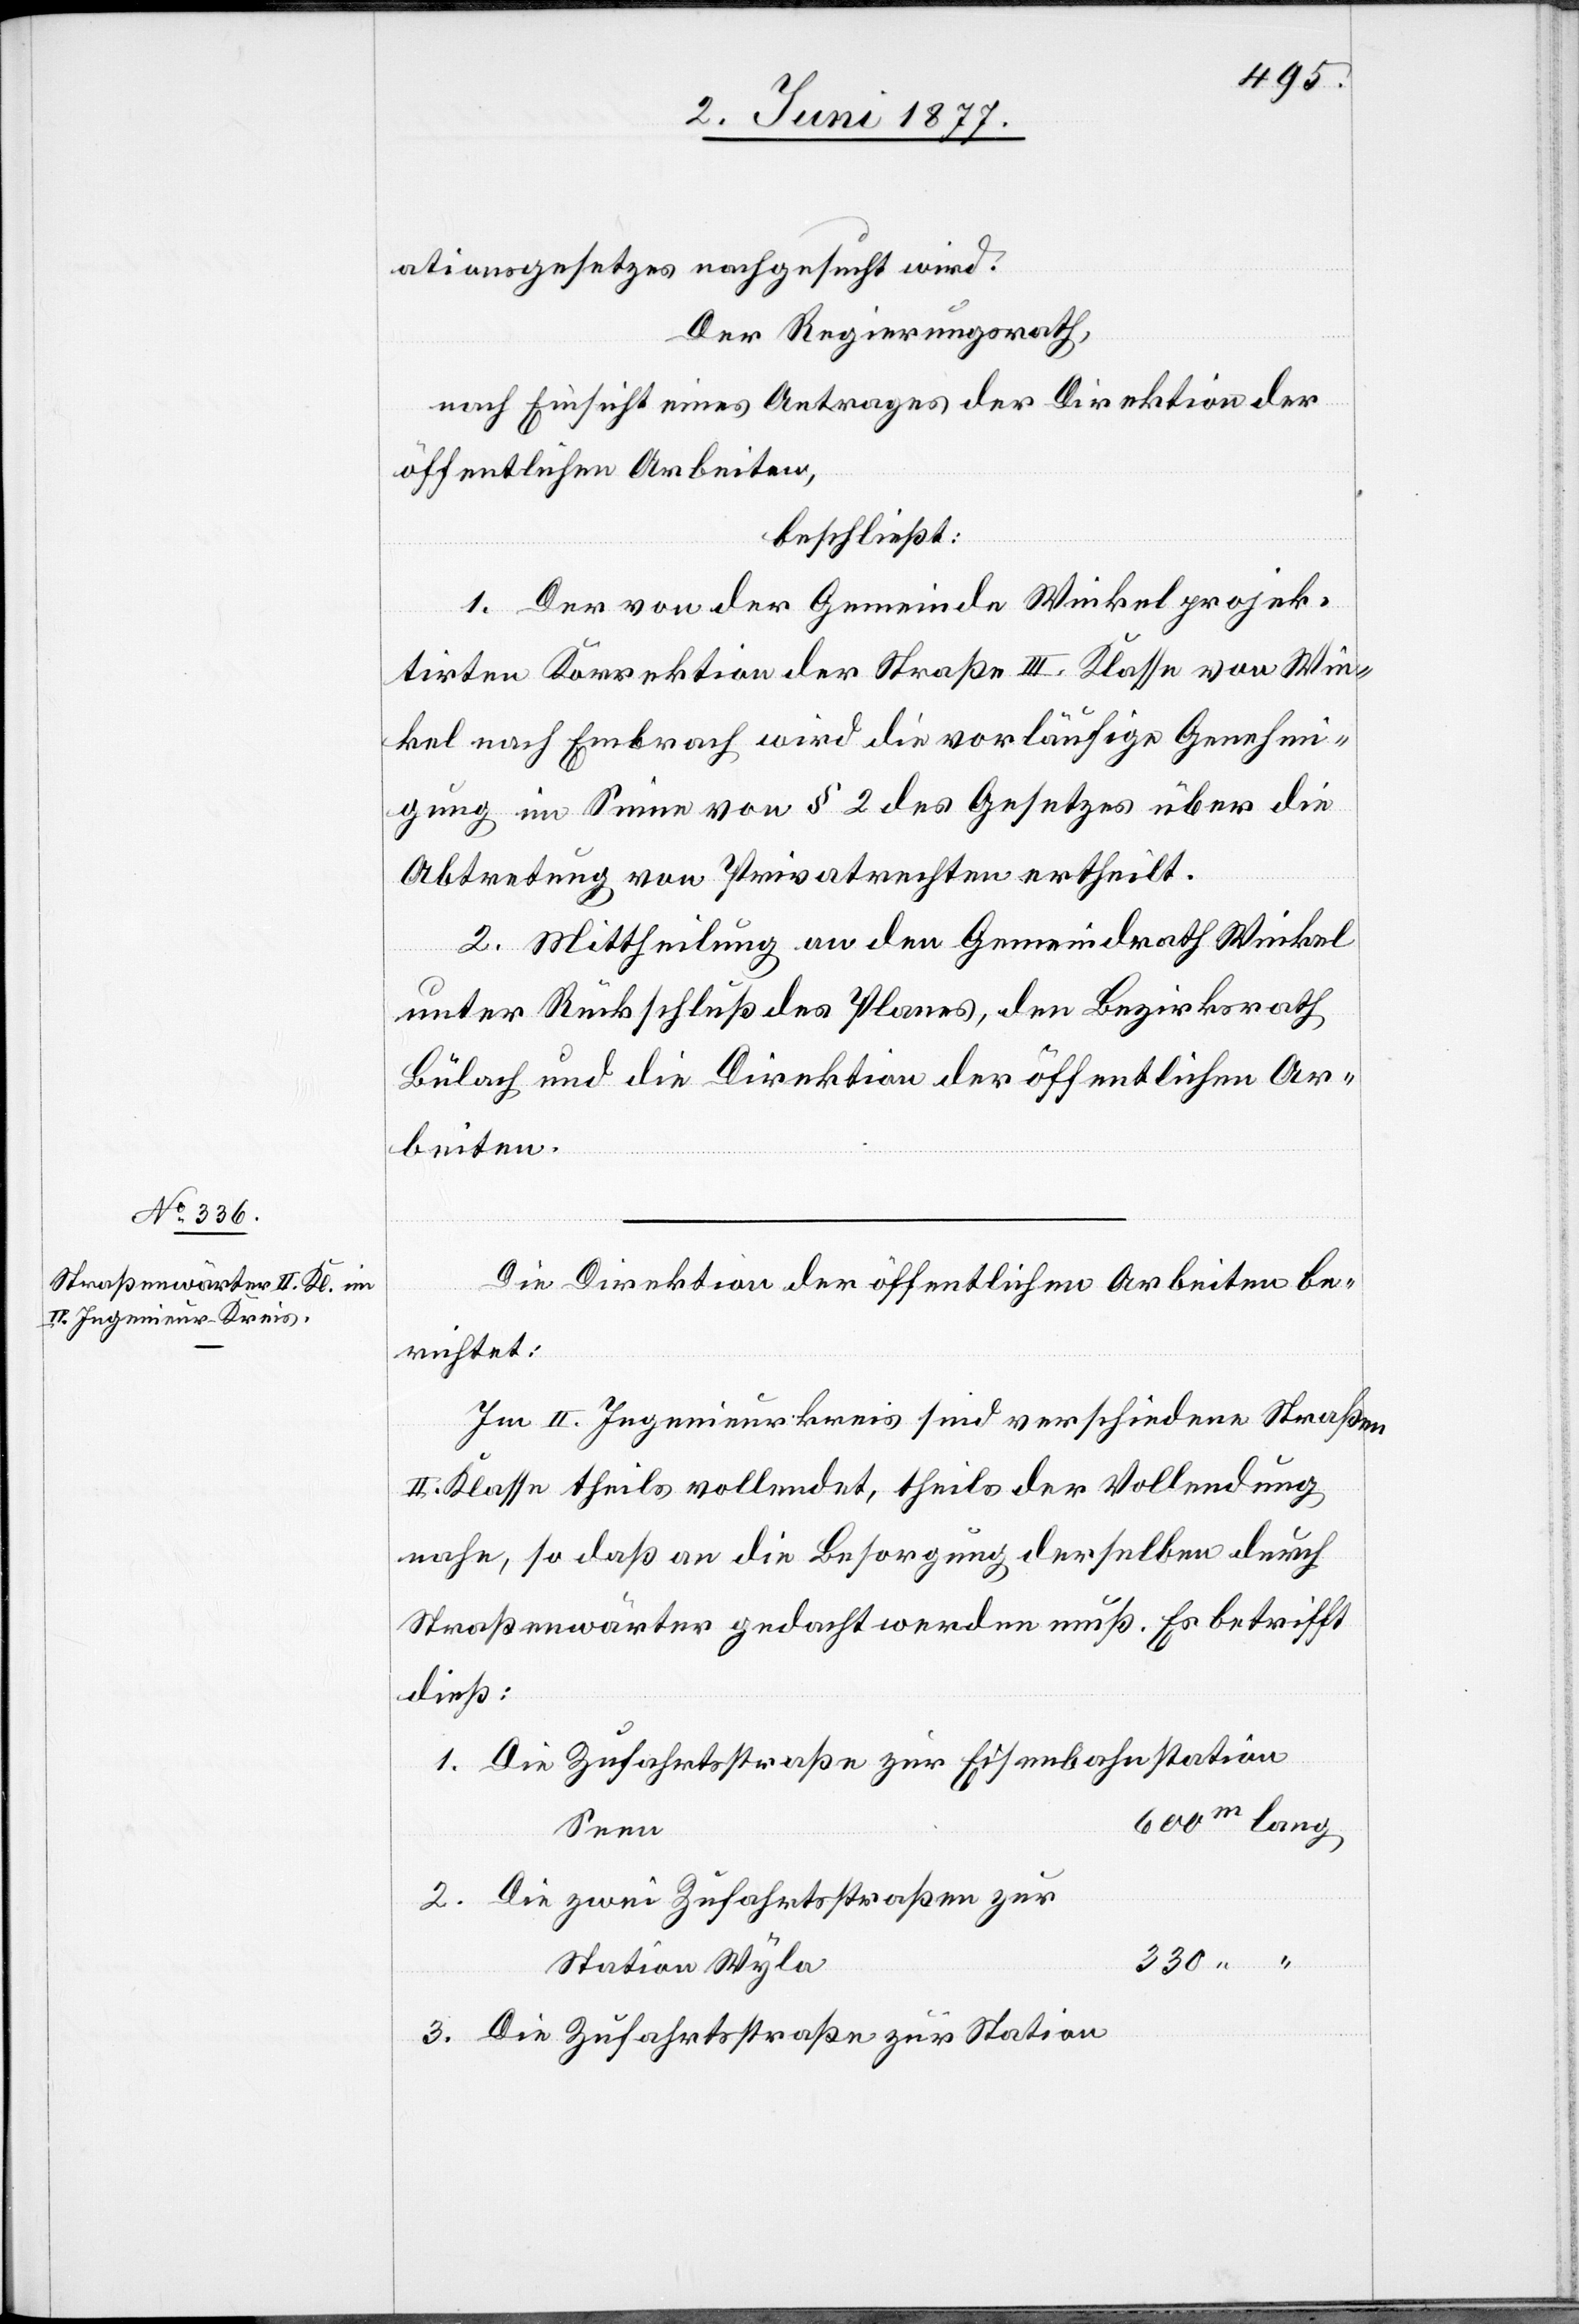
ationsgesetzes nachgesucht wird.
Der Regierungsrath,
nach Einsicht eines Antrages der Direktion der
öffentlichen Arbeiten,
2.
beschließt:
1. Der von der Gemeinde Winkel projek¬
tirten Korrektion der Straße III. Klasse von Win¬
kel nach Embrach wird die vorläufige Genehmi¬
gung im Sinne von § 2 des Gesetzes über die
Abtretung von Privatrechten ertheilt.
2. Mittheilung an den Gemeindrath Winkel
unter Rückschluß des Planes, den Bezirksrath
Bülach und die Direktion der öffentlichen Ar¬
beiten.
Die Direktion der öffentlichen Arbeiten be¬
richtet:
Im II. Ingenieurkreis sind verschiedene Straßen
II. Klasse theils vollendet, theils der Vollendung
nahe, so daß an die Besorgung derselben durch
Straßenwärter gedacht werden muß. Es betrifft
dieß:
Die Zufahrtsstraße zur Eisenbahnstation
Seen
Die zwei Zufahrtsstraßen zur
Station Wyla
Die Zufahrtsstraße zur Station